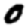
Digit: 0